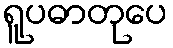
ရူပဓာတုပေ